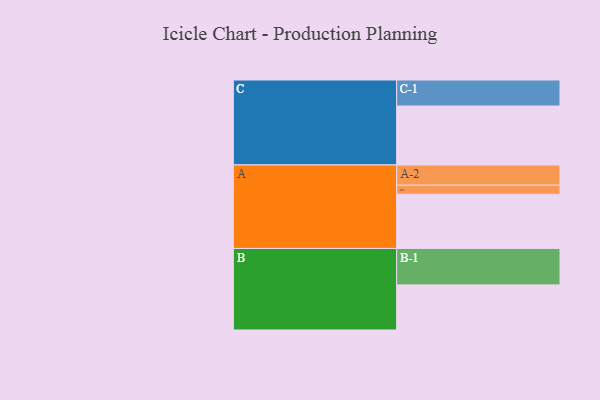
{"axis": {"x": "Segment", "y": "Value"}, "legend": ["", "A", "B", "C"], "data": [{"x": "A", "y": 412, "type": ""}, {"x": "B", "y": 343, "type": ""}, {"x": "C", "y": 448, "type": ""}, {"x": "A-1", "y": 69, "type": "A"}, {"x": "A-2", "y": 154, "type": "A"}, {"x": "B-1", "y": 277, "type": "B"}, {"x": "C-1", "y": 198, "type": "C"}]}